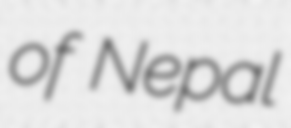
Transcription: of Nepal